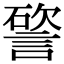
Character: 𥕔